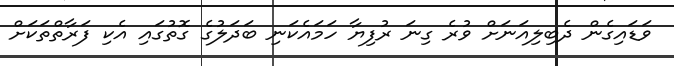
ވަޑައިގެން ދެބިލިއަނަށް ވުރެ ގިނަ ރުފިޔާ ހަމައެކަނި ބަދަލުގެ ގޮތުގައި އެކި ފަރާތްތަކަށް